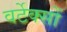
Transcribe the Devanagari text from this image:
वर्टेक्सों